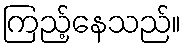
ကြည့်နေသည်။